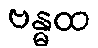
ဗန္ဓထ